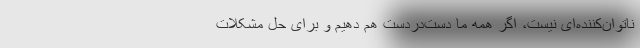
ناتوان‌کننده‌ای نیست، اگر همه ما دست‌دردست هم دهیم و برای حل مشکلات